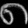
Digit: ၈